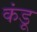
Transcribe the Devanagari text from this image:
कंडू